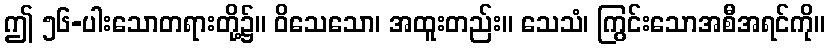
ဤ ၅၆-ပါးသောတရားတို့၌။ ဝိသေသော၊ အထူးတည်း။ သေသံ၊ ကြွင်းသောအစီအရင်ကို။